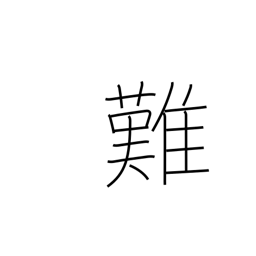
Meaning: difficult